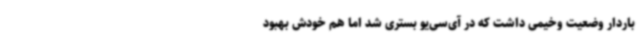
باردار وضعیت وخیمی داشت که در آی‌سی‌یو بستری شد اما هم خودش بهبود